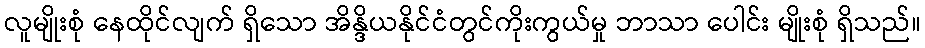
လူမျိုးစုံ နေထိုင်လျက် ရှိသော အိန္ဒိယနိုင်ငံတွင်ကိုးကွယ်မှု ဘာသာ ပေါင်း မျိုးစုံ ရှိသည်။